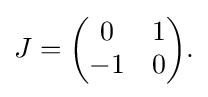
\displaystyle {J={\begin{pmatrix}0&1\\-1&0\end{pmatrix}}.}